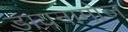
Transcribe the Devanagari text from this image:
डायनामोज